Burma Government Medical School reports 1923-41
Year: 1923
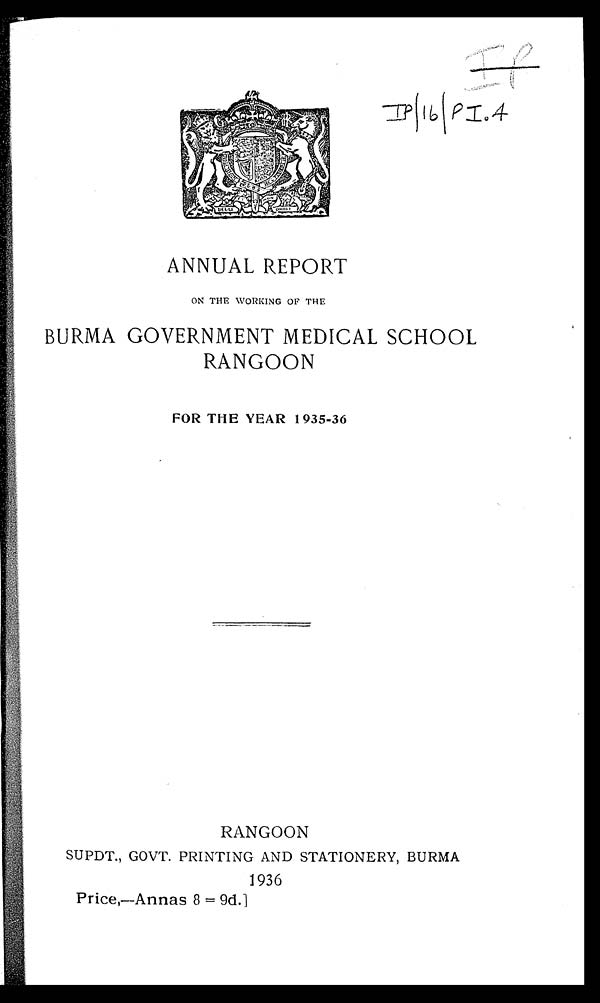
IP
IP/16/PI.4
ANNUAL REPORT
ON THE WORKING OF THE
BURMA GOVERNMENT MEDICAL SCHOOL
RANGOON
FOR THE YEAR 1935-36
RANGOON
SUPDT., GOVT. PRINTING AND STATIONERY, BURMA
1936
Price,—Annas 8 = 9d.]